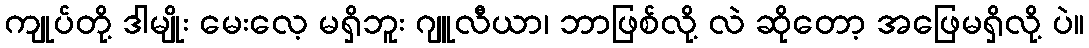
ကျုပ်တို့ ဒါမျိုး မေးလေ့ မရှိဘူး ဂျူလီယာ၊ ဘာဖြစ်လို့ လဲ ဆိုတော့ အဖြေမရှိလို့ ပဲ။